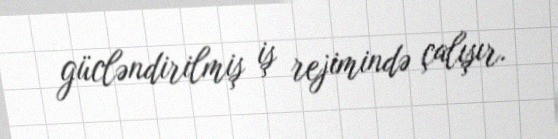
gücləndirilmiş iş rejimində çalışır.